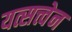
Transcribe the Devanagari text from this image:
यत्सत्त्वेन